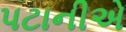
પટાનીએ